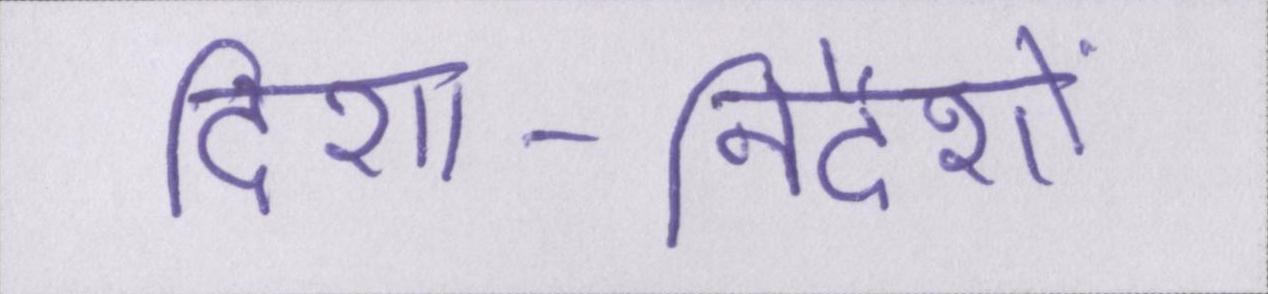
दिशा-निर्देशों